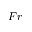
F r